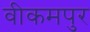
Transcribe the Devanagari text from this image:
वीकमपुर